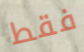
فقط